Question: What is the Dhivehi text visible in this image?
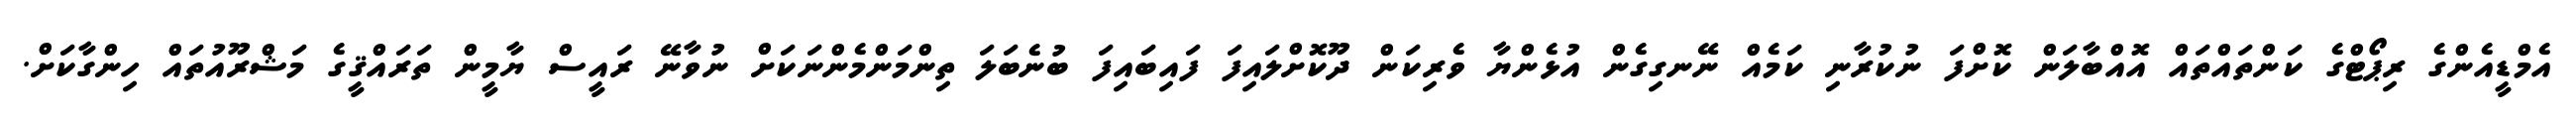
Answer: އެމްޑީއެންގެ ރިޕޯޓްގެ ކަންތައްތައް އޮއްބާލަން ކޮށްފަ ނުކުރާނި ކަމެއް ނޭނގިގެން އުޅެންޔާ ވެރިކަން ދޫކޮށްލައިފަ ފައިބައިފަ ބުނެބަލަ ތިންމަންމެންނަކަށް ނުވާނޭ ރައީސް ޔާމީން ތަރައްޤީގެ މަޝްރޫއުތައް ހިންގާކަށް.